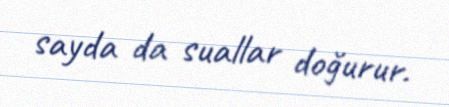
sayda da suallar doğurur.